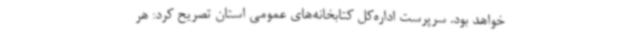
خواهد بود. سرپرست اداره‌کل کتابخانه‌های عمومی استان تصریح کرد: هر